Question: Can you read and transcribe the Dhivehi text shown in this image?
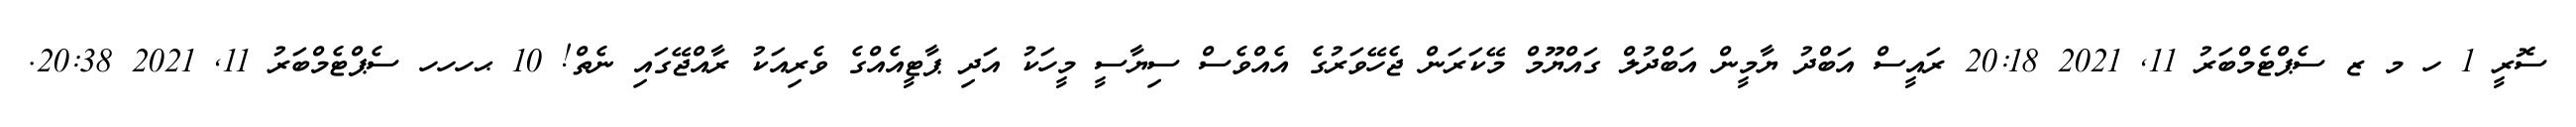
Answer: ސޮރީ 1 ހ މ ޒ ސެޕްޓެމްބަރު 11, 2021 20:18 ރައީސް އަބްދު ޔާމީން އަބްދުލް ގައްޔޫމް މޭކަރަން ޖެހޭވަރުގެ އެއްވެސް ސިޔާސީ މީހަކު އަދި ޕާޓީއެއްގެ ވެރިއަކު ރާއްޖޭގައި ނެތް! 10 ޙހހހ ސެޕްޓެމްބަރު 11, 2021 20:38.